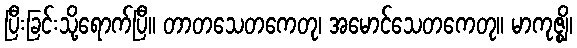
ပြီးခြင်းသို့ရောက်ပြီ။ တာတသေတကေတု၊ အမောင်သေတကေတု။ မာကုဇ္ဈိ၊